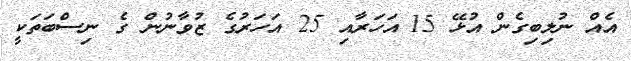
އެއް ނުލިބިގެން އުޅޭ 15 އަހަރާއި 25 އަހަރުގެ ޒުވާނުން ގެ ނިސްބަތަކީ